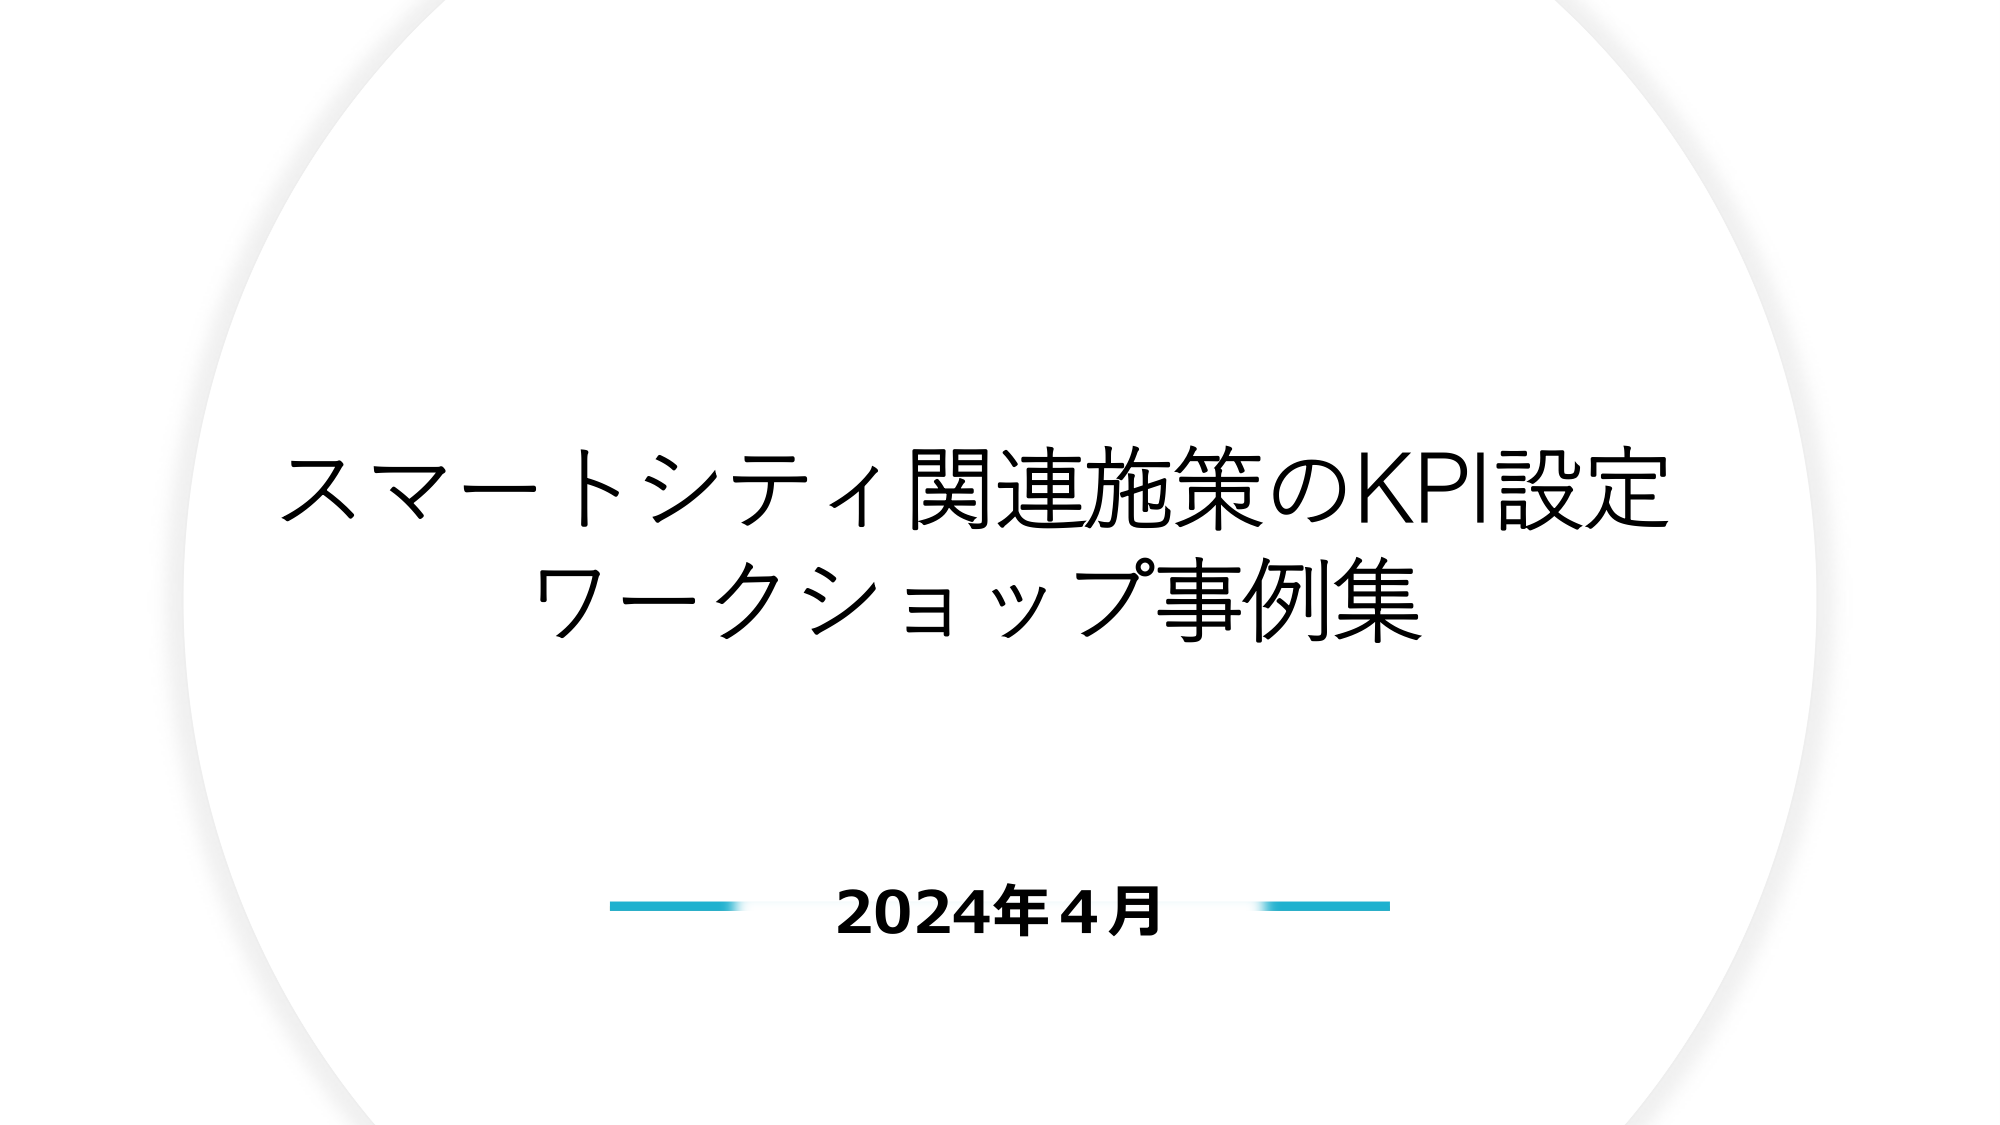
スマートシティ関連施策のKPI設定
ワークショップ事例集

2024年4月